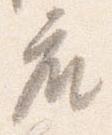
座